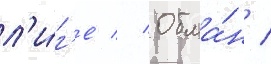
л'и́г'е // Обма́н /